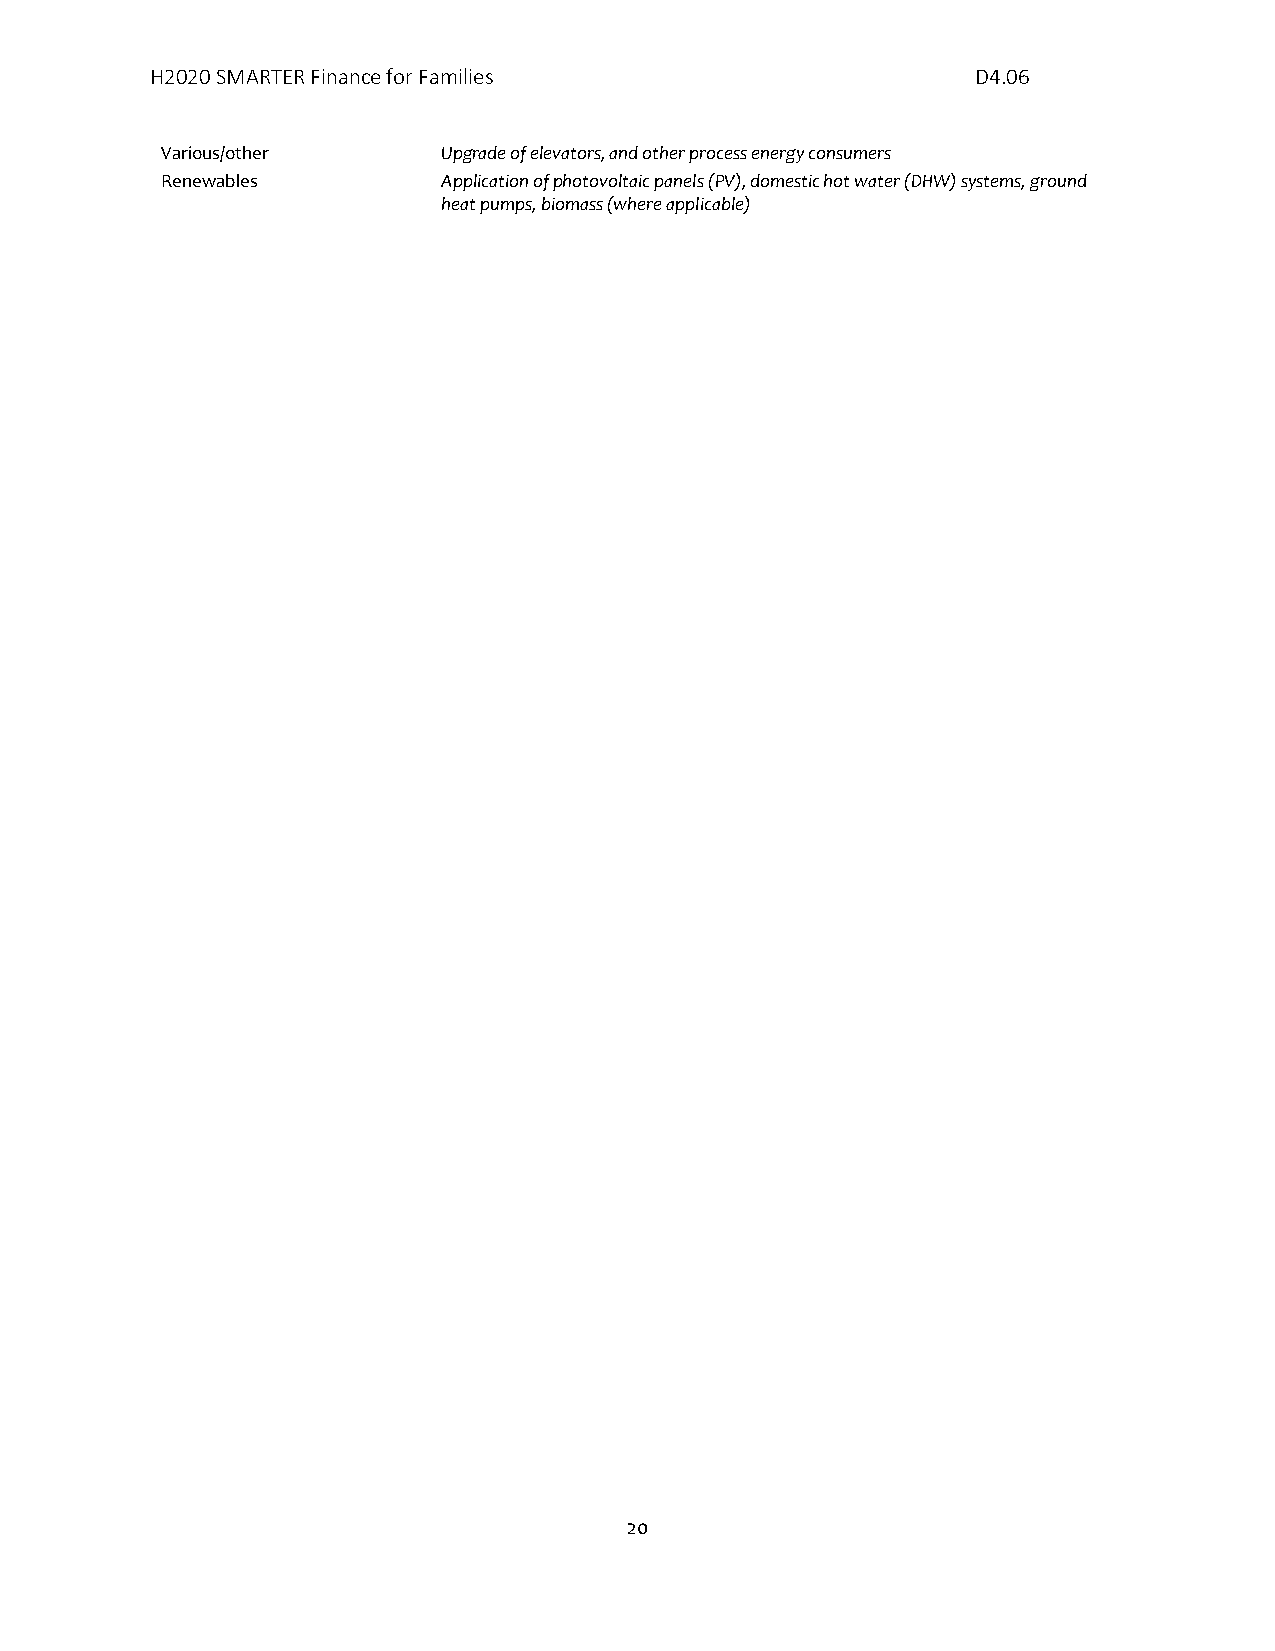
H2020 SMARTER Finance for Families                     D4.06
 Various/other     Upgrade of elevators, and other process energy consumers
 Renewables        Application of photovoltaic panels (PV), domestic hot water (DHW) systems, ground
 heat pumps, biomass (where applicable)
 20